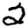
Digit: 2